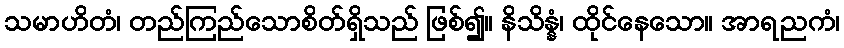
သမာဟိတံ၊ တည်ကြည်သောစိတ်ရှိသည် ဖြစ်၍။ နိသိန္နံ၊ ထိုင်နေသော။ အာရညကံ၊